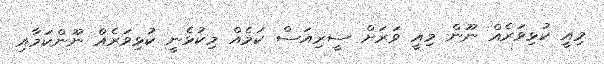
މިއީ ކުޅިވަރެއް ނޫން މިއީ ވަރަށް ސީރިއަސް ކަމެއް މިކުޅެނީ ކުޅިވަރެއް ނޫންކަމާއި